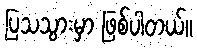
ပြသသွားမှာ ဖြစ်ပါတယ်။